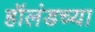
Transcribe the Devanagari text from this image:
हॉलंडच्या